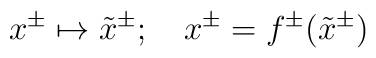
x^\pm \mapsto \tilde x^\pm ;~~~x^\pm =f^\pm(\tilde x^\pm)